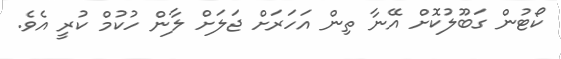
ކޯޓުން ގަބޫލުކޮށް އޭނާ ތިން އަހަރަށް ޖަލަށް ލާން ހުކުމް ކުރީ އެވެ.